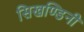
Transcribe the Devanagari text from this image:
सिखण्डिनी